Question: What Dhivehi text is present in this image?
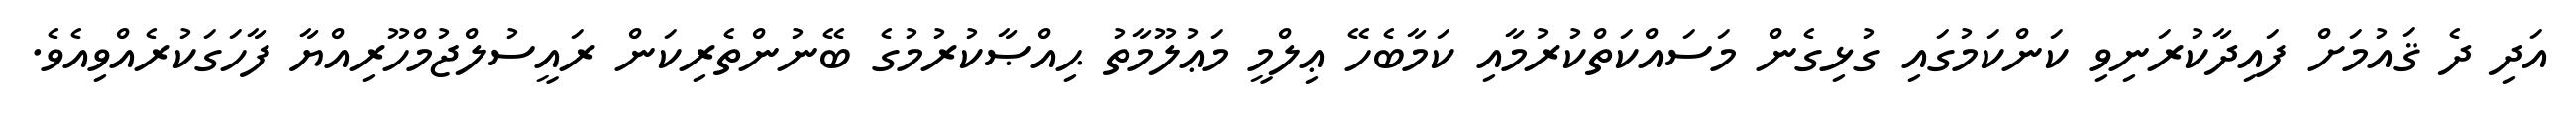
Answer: އަދި ދެ ޤައުމަށް ފައިދާކުރަނިވި ކަންކަމުގައި ގުޅިގެން މަސައްކަތްކުރުމާއި ކަމާބެހޭ ޢިލްމީ މަޢުލޫމާތު ޙިއްޞާކުރުމުގެ ބޭނުންތެރިކަން ރައީސުލްޖުމްހޫރިއްޔާ ފާހަގަކުރެއްވިއެވެ.